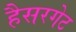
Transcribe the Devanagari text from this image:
हैसरगेट